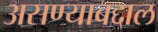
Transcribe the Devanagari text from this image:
असण्याबद्दाल